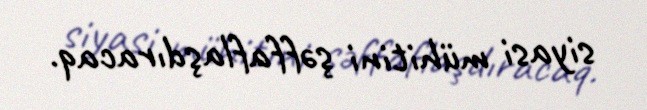
siyasi mühitini şəffaflaşdıracaq.